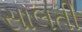
સાલતી